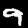
Digit: 9